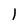
Character: l